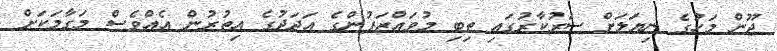
ޖޫން މަހުގެ ނިޔަލަށް ސަރުކާރުގައި ތިބި މުވައްޒަފުންގެ އަދަދުގެ އިތުރުން އެއްވެސް މަގާމަކަށް